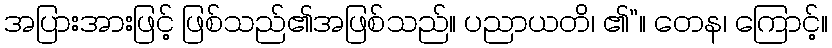
အပြားအားဖြင့် ဖြစ်သည်၏အဖြစ်သည်။ ပညာယတိ၊ ၏”။ တေန၊ ကြောင့်။